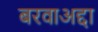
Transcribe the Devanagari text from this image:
बरवाअद्दा